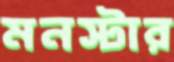
মনস্টার